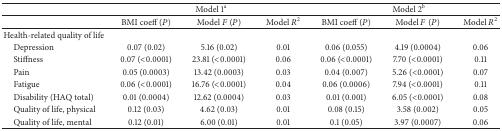
<table><thead><tr><td><b> </b></td><td colspan="3"><b>Model 1<sup>a</sup></b></td><td colspan="3"><b>Model 2<sup>b</sup></b></td></tr></thead><tbody><tr><td> </td><td>BMI coeff (<i>P</i>)</td><td>Model <i>F</i> (<i>P</i>)</td><td>Model <i>R</i><sup>2</sup></td><td>BMI coeff (<i>P</i>)</td><td> Model <i>F</i> (<i>P</i>)</td><td>Model <i>R</i><sup>2</sup></td></tr><tr><td>Health-related quality of life </td><td> </td><td> </td><td> </td><td> </td><td> </td><td> </td></tr><tr><td> Depression</td><td>0.07 (0.02)</td><td>5.16 (0.02)</td><td>0.01</td><td>0.06 (0.055)</td><td>4.19 (0.0004)</td><td>0.06</td></tr><tr><td> Stiffness</td><td>0.07 (&lt;0.0001) </td><td>23.81 (&lt;0.0001)</td><td>0.06</td><td>0.06 (&lt;0.0001)</td><td>7.70 (&lt;0.0001)</td><td>0.11</td></tr><tr><td> Pain </td><td>0.05 (0.0003)</td><td>13.42 (0.0003)</td><td>0.03</td><td>0.04 (0.007)</td><td>5.26 (&lt;0.0001)</td><td>0.07</td></tr><tr><td> Fatigue</td><td>0.06 (&lt;0.0001)</td><td>16.76 (&lt;0.0001)</td><td>0.04</td><td>0.06 (0.0006)</td><td>7.94 (&lt;0.0001)</td><td>0.11</td></tr><tr><td> Disability (HAQ total) </td><td>0.01 (0.0004) </td><td>12.62 (0.0004)</td><td>0.03</td><td>0.01 (0.001)</td><td>6.05 (&lt;0.0001)</td><td>0.08</td></tr><tr><td> Quality of life, physical </td><td>0.12 (0.03)</td><td>4.62 (0.03)</td><td>0.01</td><td>0.08 (0.15)</td><td>3.58 (0.002)</td><td>0.05</td></tr><tr><td> Quality of life, mental</td><td>0.12 (0.01)</td><td>6.00 (0.01)</td><td>0.01</td><td>0.1 (0.05)</td><td>3.97 (0.0007)</td><td>0.06</td></tr></tbody></table>